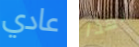
عادي لهذا